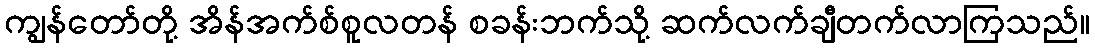
ကျွန်တော်တို့ အိန်အက်စ်စူလတန် စခန်းဘက်သို့ ဆက်လက်ချီတက်လာကြသည်။